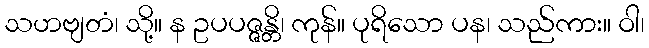
သဟဗျတံ၊ သို့။ န ဥပပဇ္ဇန္တိ၊ ကုန်။ ပုရိသော ပန၊ သည်ကား။ ဝါ၊